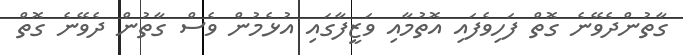
ގާތުންދެވޭނެ ގޮތް ފަހިވެފައި އޮތުމާއި ވަޒީފާގައި އުޅެމުން ވެސް ގާތުން ދެވޭނެ ގޮތް